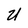
Character: U